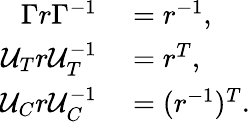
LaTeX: \begin{array}{rl}{\Gamma r\Gamma^{-1}}&{{}=r^{-1},}\\ {\mathcal{U}_{T}r\mathcal{U}_{T}^{-1}}&{{}=r^{T},}\\ {\mathcal{U}_{C}r\mathcal{U}_{C}^{-1}}&{{}=(r^{-1})^{T}.}\end{array}